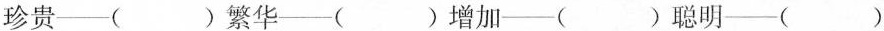
珍贵——() 繁华——() 增加——() 聪明——()